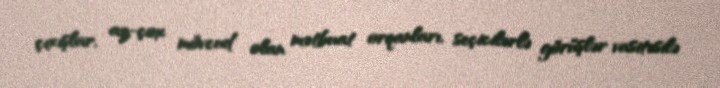
çıxışlar, az-çox mövcud olan mətbuat orqanları, seçicilərlə görüşlər vasitəsilə